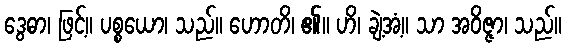
ဒွေဓာ၊ ဖြင့်။ ပစ္စယော၊ သည်။ ဟောတိ၊ ၏။ ဟိ၊ ချဲ့အံ့။ သာ အဝိဇ္ဇာ၊ သည်။